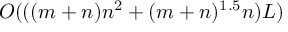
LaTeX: { O } ( ( ( m + n ) n ^ { 2 } + ( m + n ) ^ { 1 . 5 } n ) L )